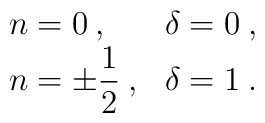
\begin{array}{ll}n=0\: , & \delta =0\: ,\\n=\pm \displaystyle\frac{1}{2}\: , & \delta =1\: .\end{array}